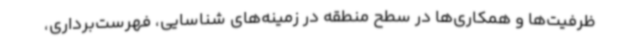
ظرفیت‌ها و همکاری‌ها در سطح منطقه در زمینه‌های شناسایی، فهرست‌برداری،